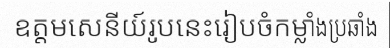
ឧត្តមសេនីយ៍រូបនេះរៀបចំកម្លាំងប្រឆាំង